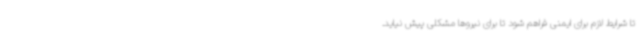
تا شرایط لازم برای ایمنی فراهم شود تا برای نیروها مشکلی پیش نیاید.